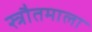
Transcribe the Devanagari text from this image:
स्त्रौतमाला